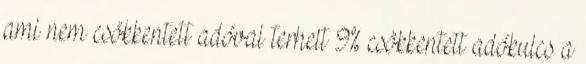
ami nem csökkentett adóval terhelt 9% csökkentett adókulcs a